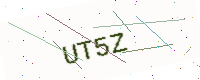
Text: UT5Z